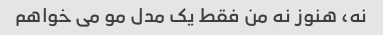
نه، هنوز نه من فقط یک مدل مو می خواهم